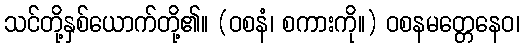
သင်တို့နှစ်ယောက်တို့၏။ (ဝစနံ၊ စကားကို။) ဝစနမတ္တေနေဝ၊